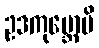
ဥဒကုမ္ဘောပိ